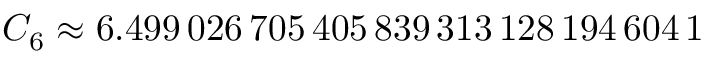
C _ { 6 } \approx 6 . 4 9 9 \, 0 2 6 \, 7 0 5 \, 4 0 5 \, 8 3 9 \, 3 1 3 \, 1 2 8 \, 1 9 4 \, 6 0 4 \, 1